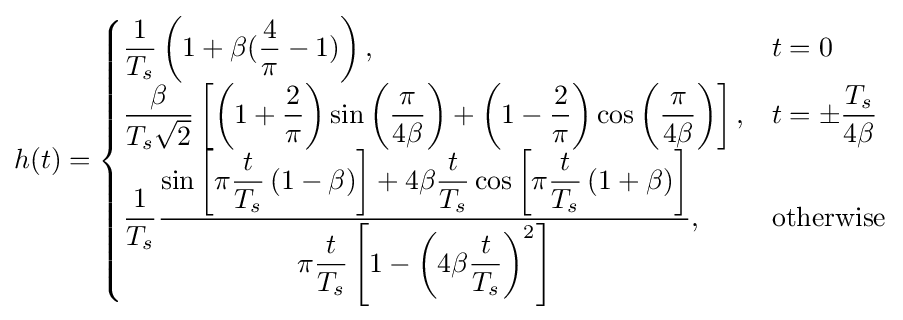
h(t)={\begin{cases}{\dfrac {1}{T_{s}}}\left(1+\beta ({\dfrac {4}{\pi }}-1)\right),&t=0\\{\dfrac {\beta }{T_{s}{\sqrt {2}}}}\left[\left(1+{\dfrac {2}{\pi }}\right)\sin \left({\dfrac {\pi }{4\beta }}\right)+\left(1-{\dfrac {2}{\pi }}\right)\cos \left({\dfrac {\pi }{4\beta }}\right)\right],&t=\pm {\dfrac {T_{s}}{4\beta }}\\{\dfrac {1}{T_{s}}}{\dfrac {\sin \left[\pi {\dfrac {t}{T_{s}}}\left(1-\beta \right)\right]+4\beta {\dfrac {t}{T_{s}}}\cos \left[\pi {\dfrac {t}{T_{s}}}\left(1+\beta \right)\right]}{\pi {\dfrac {t}{T_{s}}}\left[1-\left(4\beta {\dfrac {t}{T_{s}}}\right)^{2}\right]}},&{\mbox{otherwise}}\end{cases}}